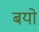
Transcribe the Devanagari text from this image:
बयो